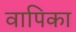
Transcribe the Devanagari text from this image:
वापिका